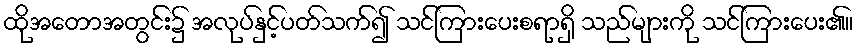
ထိုအတောအတွင်း၌ အလုပ်နှင့်ပတ်သက်၍ သင်ကြားပေးစရာရှိ သည်များကို သင်ကြားပေး၏။